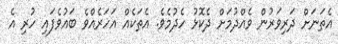
އެތަނަށް ދަރިވަރުން ވެއްދުމަށް ދެކޮޅު ހެދުމެވެ. އެތަކެއް އަހަރެއްވެ ބައުވެފައި ހުރި އެ